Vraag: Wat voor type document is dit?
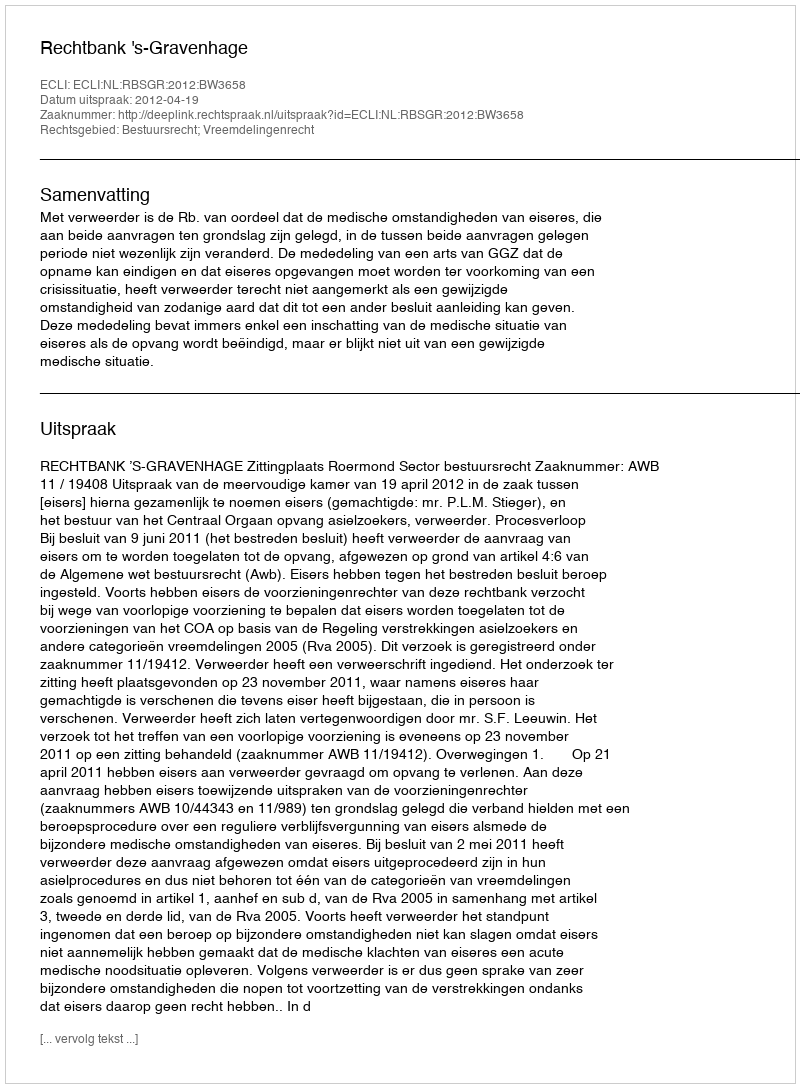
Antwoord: Uitspraak